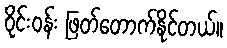
ဝိုင်း၀န်း ဖြတ်တောက်နိုင်တယ်။